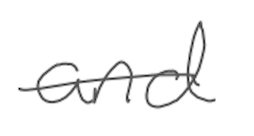
Text: and
Cross-out: single-line
Writing tool: digital_gray